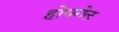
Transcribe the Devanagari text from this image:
होयगेल